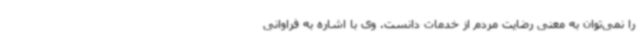
را نمی‌توان به معنی رضایت مردم از خدمات دانست. وی با اشاره به فراوانی